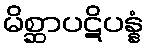
မိစ္ဆာပဋိပန္နံ